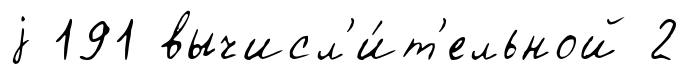
j 191 вычисл'и́т'ельной 2